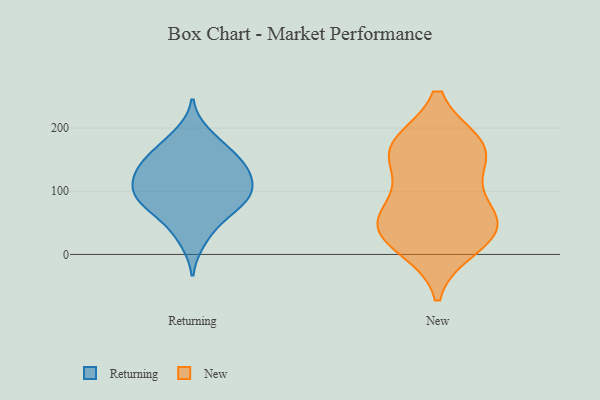
{"axis": {"x": "Headcount", "y": "Value"}, "legend": ["New", "Returning"], "data": [{"x": "", "y": 130, "type": "Returning"}, {"x": "", "y": 161, "type": "Returning"}, {"x": "", "y": 96, "type": "Returning"}, {"x": "", "y": 80, "type": "Returning"}, {"x": "", "y": 134, "type": "Returning"}, {"x": "", "y": 21, "type": "Returning"}, {"x": "", "y": 191, "type": "Returning"}, {"x": "", "y": 118, "type": "Returning"}, {"x": "", "y": 48, "type": "Returning"}, {"x": "", "y": 67, "type": "Returning"}, {"x": "", "y": 115, "type": "Returning"}, {"x": "", "y": 97, "type": "Returning"}, {"x": "", "y": 83, "type": "Returning"}, {"x": "", "y": 92, "type": "Returning"}, {"x": "", "y": 173, "type": "Returning"}, {"x": "", "y": 149, "type": "Returning"}, {"x": "", "y": 142, "type": "Returning"}, {"x": "", "y": 52, "type": "New"}, {"x": "", "y": 168, "type": "New"}, {"x": "", "y": 13, "type": "New"}, {"x": "", "y": 52, "type": "New"}, {"x": "", "y": 167, "type": "New"}, {"x": "", "y": 33, "type": "New"}, {"x": "", "y": 172, "type": "New"}, {"x": "", "y": 43, "type": "New"}, {"x": "", "y": 91, "type": "New"}, {"x": "", "y": 155, "type": "New"}]}